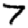
Digit: 7